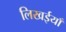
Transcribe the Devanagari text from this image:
लिखईयाँ